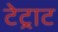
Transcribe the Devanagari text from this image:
टेट्राट